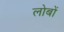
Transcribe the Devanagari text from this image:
लोबों